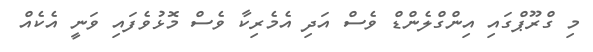
މި ގްރޫޕްގައި އިންގްލެންޑް ވެސް އަދި އެމެރިކާ ވެސް މޮޅުވެފައި ވަނީ އެކެއް